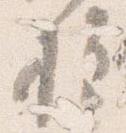
様